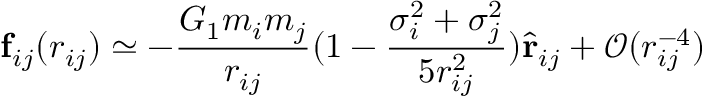
\mathbf { f } _ { i j } ( r _ { i j } ) \simeq - \frac { G _ { 1 } m _ { i } m _ { j } } { r _ { i j } } ( 1 - \frac { \sigma _ { i } ^ { 2 } + \sigma _ { j } ^ { 2 } } { 5 r _ { i j } ^ { 2 } } ) \hat { \mathbf { r } } _ { i j } + \mathcal { O } ( r _ { i j } ^ { - 4 } )